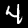
Digit: 4